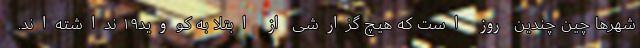
شهرها چین چندین روز است که هیچ گزارشی از ابتلا به کووید۱۹ نداشته‌اند.